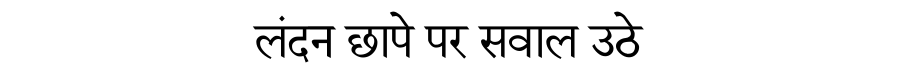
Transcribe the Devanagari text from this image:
लंदन छापे पर सवाल उठे